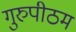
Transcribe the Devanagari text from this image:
गुरुपीठम